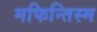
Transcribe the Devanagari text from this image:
मफिन्तिस्म